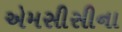
એમસીસીના